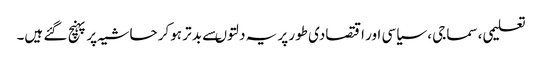
تعلیمی، سماجی ، سیاسی اور اقتصادی طور پر یہ دلتوںسے بد تر ہوکر حاشیہ پر پہنچ گئے ہیں۔